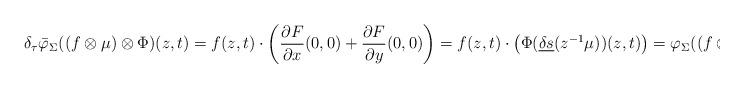
LaTeX: \begin{align*}\delta_\tau\bar\varphi_\Sigma((f\otimes \mu)\otimes \Phi)(z,t)= f(z,t)\cdot \left(\frac{\partial F}{\partial x}(0,0)+\frac{\partial F}{\partial y}(0,0)\right)=f(z,t)\cdot \left(\Phi( \underline{\delta s}(z^{-1}\mu))(z,t)\right) =\varphi_\Sigma((f\otimes \mu)\otimes \Phi)(z,t).\end{align*}